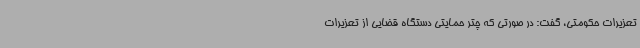
تعزیرات حکومتی، گفت: در صورتی که چتر حمایتی دستگاه قضایی از تعزیرات